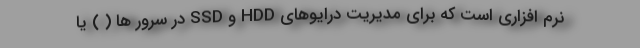
نرم افزاری است که برای مدیریت درایوهای HDD و SSD در سرور ها ( ) یا